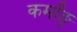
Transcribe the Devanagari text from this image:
कर्मांङ्र